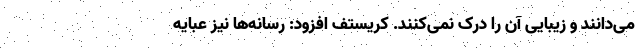
می‌دانند و زیبایی آن را درک نمی‌کنند. کریستف افزود: رسانه‌ها نیز عبایه